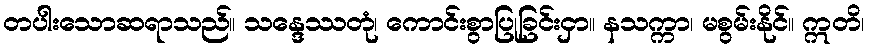
တပါးသောဆရာသည်။ သန္ဒေဿတုံ၊ ကောင်းစွာပြုခြင်းငှာ။ နသက္ကာ၊ မစွမ်းနိုင်။ ဣတိ၊